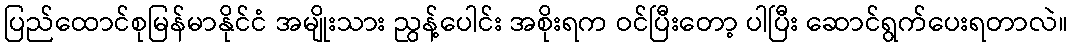
ပြည်ထောင်စုမြန်မာနိုင်ငံ အမျိုးသား ညွန့်ပေါင်း အစိုးရက ဝင်ပြီးတော့ ပါပြီး ဆောင်ရွက်ပေးရတာလဲ။